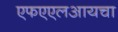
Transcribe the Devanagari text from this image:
एफएएलआयचा